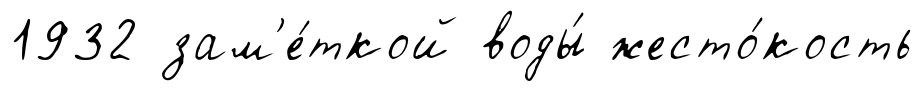
1932 зам'е́ткой воды́ жесто́кость